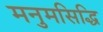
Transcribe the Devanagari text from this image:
मनुमसिद्धि